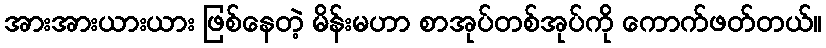
အားအားယားယား ဖြစ်နေတဲ့ မိန်းမဟာ စာအုပ်တစ်အုပ်ကို ကောက်ဖတ်တယ်။